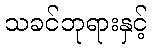
သခင်ဘုရားနှင့်